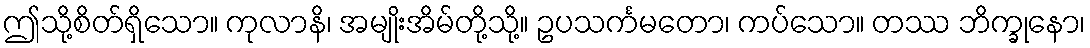
ဤသို့စိတ်ရှိသော။ ကုလာနိ၊ အမျိုးအိမ်တို့သို့။ ဥပသင်္ကမတော၊ ကပ်သော။ တဿ ဘိက္ခုနော၊